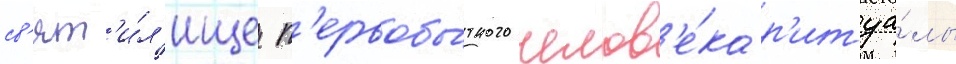
св'ят'и́л'ище п'ервобы́тного челов'е́ка р'итуа́лы